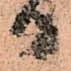
日